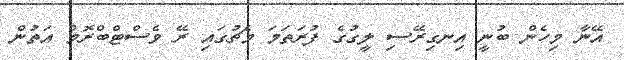
އޭނާ މިހެން ބުނީ އިނގިރޭސި ލީގުގެ ފުރަތަމަ މެޗުގައި ރޭ ވެސްޓްބްރޮމް އަތުން